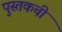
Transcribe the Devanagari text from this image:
पुस्तकची